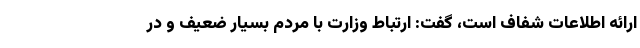
ارائه اطلاعات شفاف است، گفت: ارتباط وزارت با مردم بسیار ضعیف و در